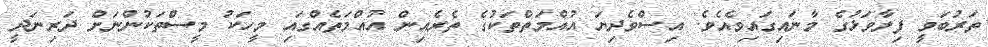
ތަރުބަވީ ފިލާވަޅުގެ މާނައިގައިވެއެވެ. އިސްވެދިޔަ އުއްމަތްތަކުގެ ތެރެއިން އުއްމަތެއްގައި މީހަކު މީސްތަކުންނަށް ދަރިނަދީ